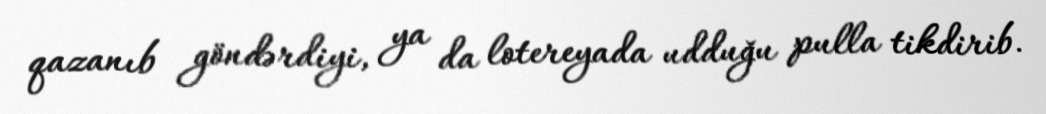
qazanıb göndərdiyi, ya da lotereyada udduğu pulla tikdirib.